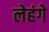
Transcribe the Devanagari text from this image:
लेहंगे